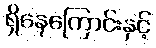
ရှိနေကြောင်းနှင့်